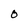
Character: O